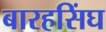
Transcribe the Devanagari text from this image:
बारहसिंघ